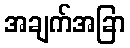
အချက်အခြာ